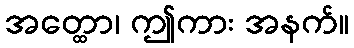
အတ္ထော၊ ဤကား အနက်။